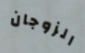
الزوجان